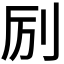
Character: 𫥵